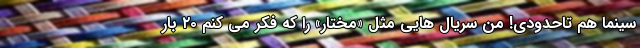
سینما هم تاحدودی! من سریال هایی مثل «مختار» را که فکر می کنم ۲۰ بار